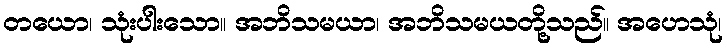
တယော၊ သုံးပါးသော။ အဘိသမယာ၊ အဘိသမယတို့သည်။ အဟေသုံ၊